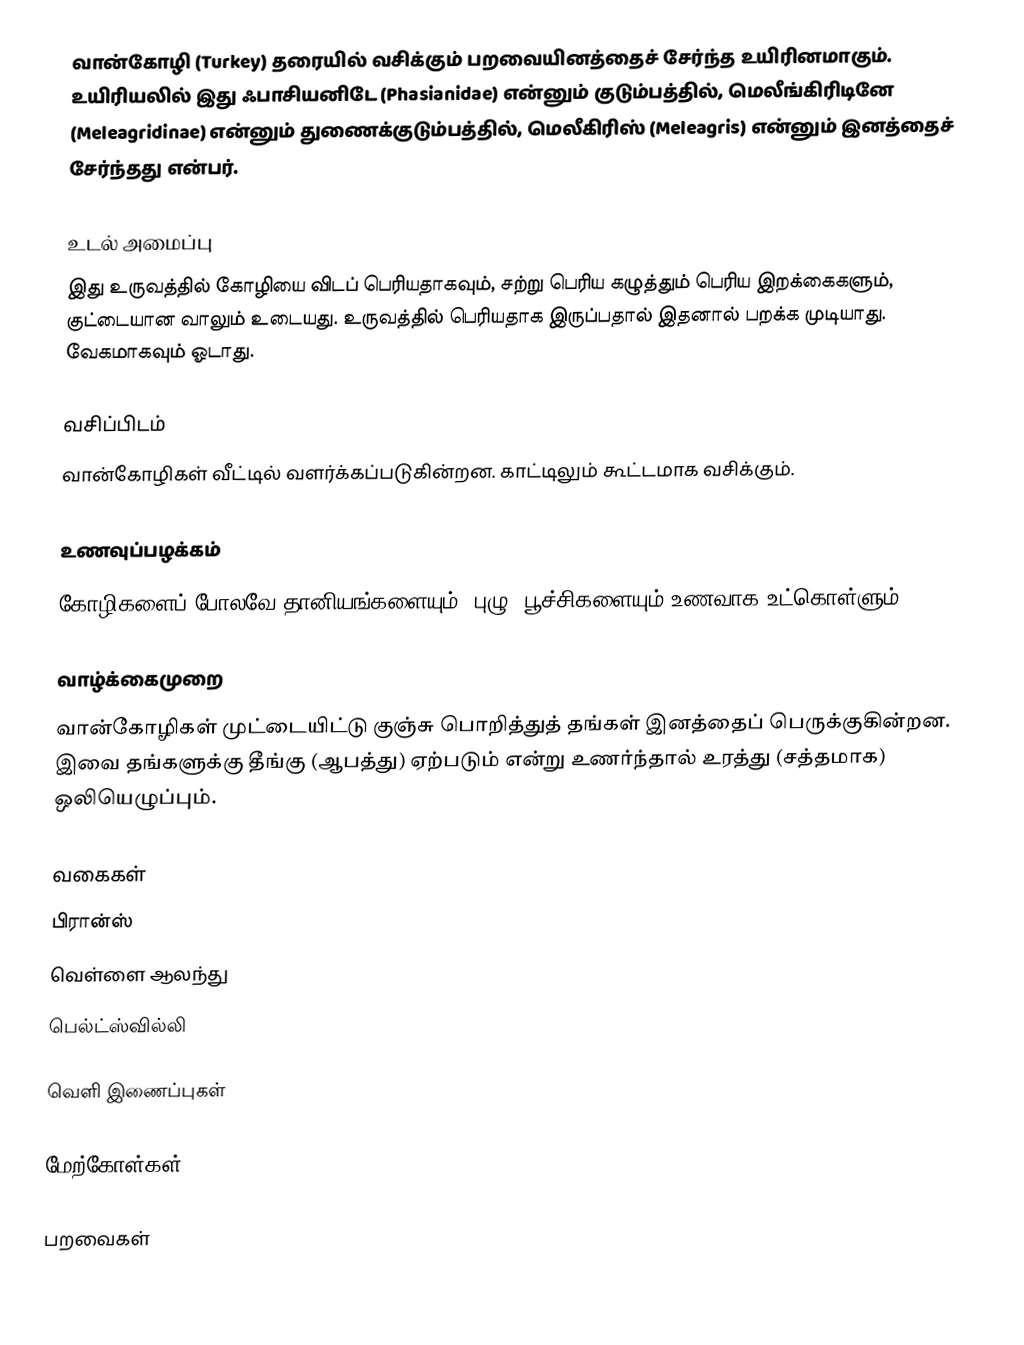
வான்கோழி (Turkey) தரையில் வசிக்கும் பறவையினத்தைச் சேர்ந்த உயிரினமாகும். உயிரியலில் இது ஃபாசியனிடே (Phasianidae) என்னும் குடும்பத்தில், மெலீங்கிரிடினே (Meleagridinae) என்னும் துணைக்குடும்பத்தில், மெலீகிரிஸ் (Meleagris) என்னும் இனத்தைச் சேர்ந்தது என்பர்.

உடல் அமைப்பு
இது உருவத்தில் கோழியை விடப் பெரியதாகவும், சற்று பெரிய கழுத்தும் பெரிய இறக்கைகளும், குட்டையான வாலும் உடையது. உருவத்தில் பெரியதாக இருப்பதால் இதனால் பறக்க முடியாது. வேகமாகவும் ஓடாது.

வசிப்பிடம்
வான்கோழிகள் வீட்டில் வளர்க்கப்படுகின்றன. காட்டிலும் கூட்டமாக வசிக்கும்.

உணவுப்பழக்கம்
கோழிகளைப் போலவே தானியங்களையும், புழு, பூச்சிகளையும் உணவாக உட்கொள்ளும்.

வாழ்க்கைமுறை
வான்கோழிகள் முட்டையிட்டு குஞ்சு பொறித்துத் தங்கள் இனத்தைப் பெருக்குகின்றன. இவை தங்களுக்கு தீங்கு (ஆபத்து) ஏற்படும் என்று உணர்ந்தால் உரத்து (சத்தமாக) ஒலியெழுப்பும்.

வகைகள்
 பிரான்ஸ்
 வெள்ளை ஆலந்து
 பெல்ட்ஸ்வில்லி

வெளி இணைப்புகள்

மேற்கோள்கள்

பறவைகள்